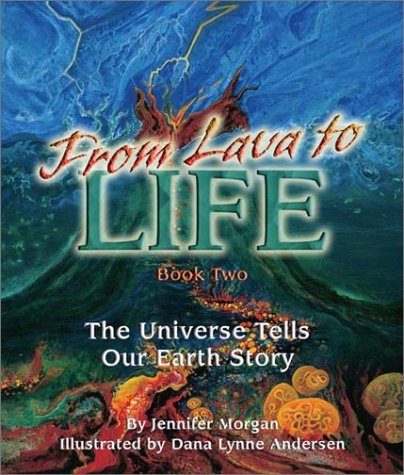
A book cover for From Lava to Life: The Universe Tells Our Earth Story: Book 2 (The Universe Series); Jennifer Morgan; Children's Books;